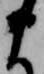
ま